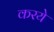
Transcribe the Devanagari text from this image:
करये